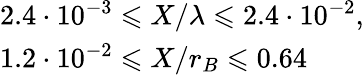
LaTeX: \begin{array}{l}{2.4\cdot 10^{-3}\leqslant X/\lambda\leqslant 2.4\cdot 10^{-2},}\\ {1.2\cdot 10^{-2}\leqslant X/r_{B}\leqslant 0.64}\end{array}